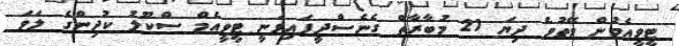
ޓީވީއެމުން ވޭތުވެ ދިޔަ 21 މުބާރާތް ގެނެސްދީފައިވަނީ ޓީވީއެމް ސްކޫލު ކުދިންގެ ލަވަ